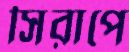
সিরাপে